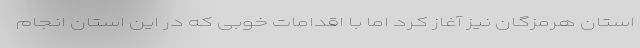
استان هرمزگان نیز آغاز کرد اما با اقدامات خوبی که در این استان انجام